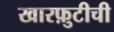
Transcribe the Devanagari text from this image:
खारफ़ुटीची